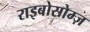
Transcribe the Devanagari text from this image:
राइबोसोम्ज़